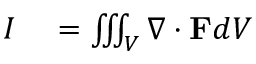
\begin{array} { r l } { I } & { { } = \iiint _ { V } \nabla \cdot \mathbf { F } d V } \end{array}